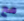
مع